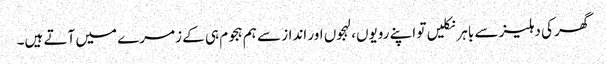
گھر کی دہلیز سے باہر نکلیں تو اپنے رویوں، لہجوں اور انداز سے ہم ہجوم ہی کے زمرے میں آتے ہیں۔